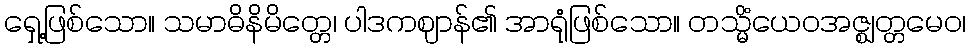
ရှေ့ဖြစ်သော။ သမာဓိနိမိတ္တေ၊ ပါဒကဈာန်၏ အာရုံဖြစ်သော။ တသ္မိံယေဝအဇ္ဈတ္တမေဝ၊